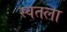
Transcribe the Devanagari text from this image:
स्वतला